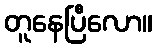
တူနေပြီလော။